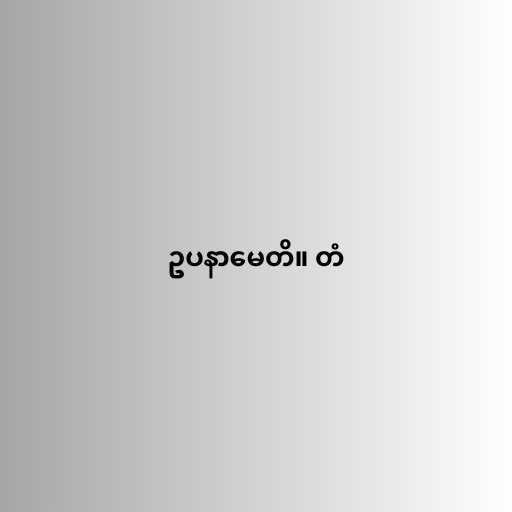
ဥပနာမေတိ။ တံ